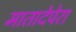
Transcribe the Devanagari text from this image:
मातादेपेरा